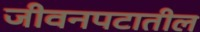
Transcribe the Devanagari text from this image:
जीवनपटातील